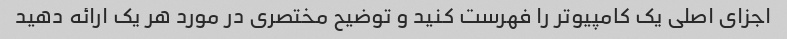
اجزای اصلی یک کامپیوتر را فهرست کنید و توضیح مختصری در مورد هر یک ارائه دهید